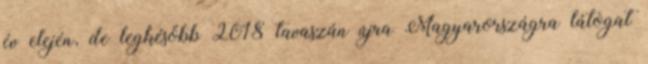
év elején, de legkésőbb 2018 tavaszán újra Magyarországra látogat